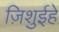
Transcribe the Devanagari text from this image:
ज़िशुईहे